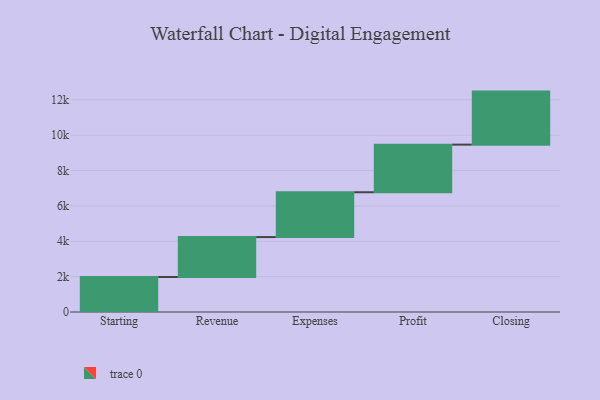
{"axis": {"x": "Step", "y": "Value"}, "legend": [""], "data": [{"x": "Starting", "y": 1981.0, "type": ""}, {"x": "Revenue", "y": 2257.0, "type": ""}, {"x": "Expenses", "y": 2536.0, "type": ""}, {"x": "Profit", "y": 2694.0, "type": ""}, {"x": "Closing", "y": 3000, "type": ""}]}